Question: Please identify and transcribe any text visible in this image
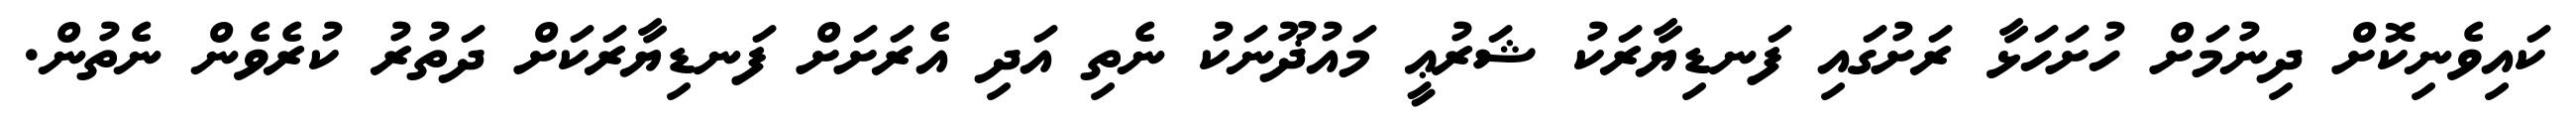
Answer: ކައިވެނިކޮށް ދިނުމަށް ހުށަހަޅާ ރަށުގައި ފަނޑިޔާރަކު ޝަރުޢީ މައުޛޫނަކު ނެތި އަދި އެރަށަށް ފަނޑިޔާރަކަށް ދަތުރު ކުރެވެން ނެތުން.